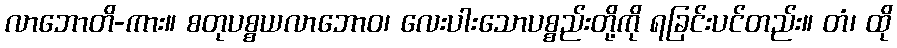
လာဘောတိ-ကား။ စတုပစ္စယလာဘောဝ၊ လေးပါးသောပစ္စည်းတို့ကို ရခြင်းပင်တည်း။ တံ၊ ထို